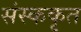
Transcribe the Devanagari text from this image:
संस्ककृत